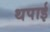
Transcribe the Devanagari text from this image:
थपाई